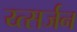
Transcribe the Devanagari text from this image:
य्त्सर्जन